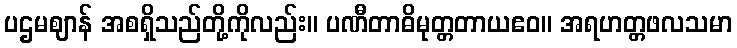
ပဌမဈာန် အစရှိသည်တို့ကိုလည်း။ ပဏီတာဓိမုတ္တတာယဧဝ။ အရဟတ္တဖလသမာ